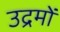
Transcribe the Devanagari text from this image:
उद्रमों